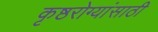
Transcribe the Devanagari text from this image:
कृष्ठरोग्यांसाठी